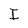
Character: I